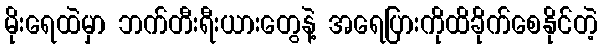
မိုးရေထဲမှာ ဘက်တီးရီးယားတွေနဲ့ အရေပြားကိုထိခိုက်စေနိုင်တဲ့